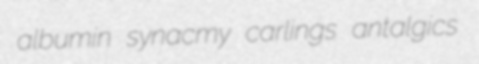
albumin synacmy carlings antalgics